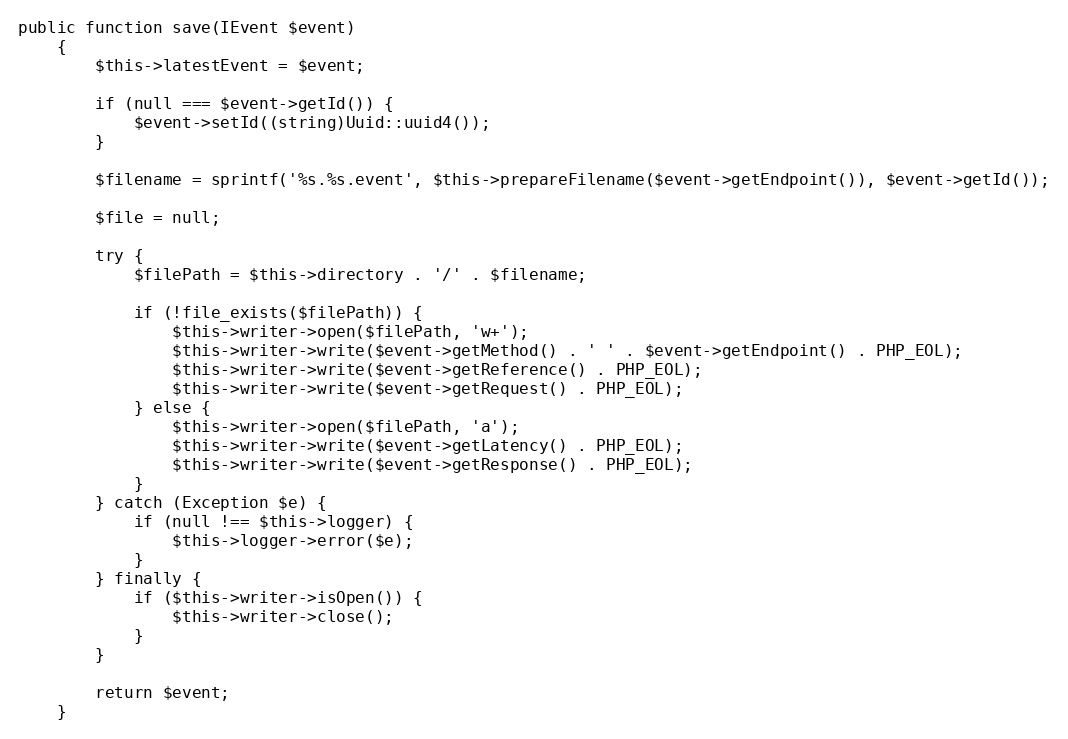
Language: PHP
public function save(IEvent $event)
    {
        $this->latestEvent = $event;

        if (null === $event->getId()) {
            $event->setId((string)Uuid::uuid4());
        }

        $filename = sprintf('%s.%s.event', $this->prepareFilename($event->getEndpoint()), $event->getId());

        $file = null;

        try {
            $filePath = $this->directory . '/' . $filename;

            if (!file_exists($filePath)) {
                $this->writer->open($filePath, 'w+');
                $this->writer->write($event->getMethod() . ' ' . $event->getEndpoint() . PHP_EOL);
                $this->writer->write($event->getReference() . PHP_EOL);
                $this->writer->write($event->getRequest() . PHP_EOL);
            } else {
                $this->writer->open($filePath, 'a');
                $this->writer->write($event->getLatency() . PHP_EOL);
                $this->writer->write($event->getResponse() . PHP_EOL);
            }
        } catch (Exception $e) {
            if (null !== $this->logger) {
                $this->logger->error($e);
            }
        } finally {
            if ($this->writer->isOpen()) {
                $this->writer->close();
            }
        }

        return $event;
    }